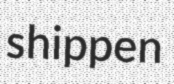
shippen